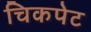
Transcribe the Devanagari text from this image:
चिकपेट